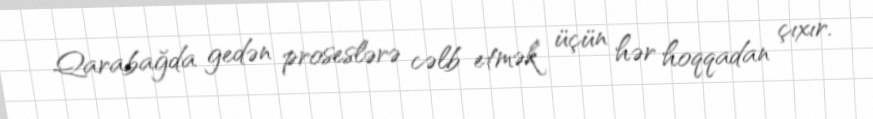
Qarabağda gedən proseslərə cəlb etmək üçün hər hoqqadan çıxır.